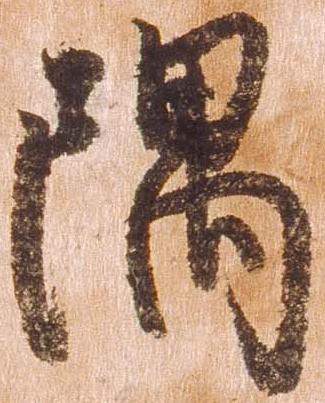
隅